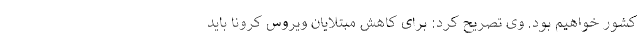
کشور خواهیم بود. وی تصریح کرد: برای کاهش مبتلایان ویروس کرونا باید